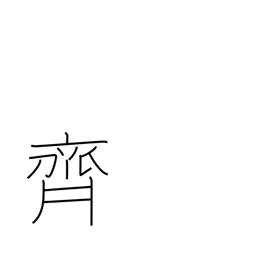
Meaning: Saito